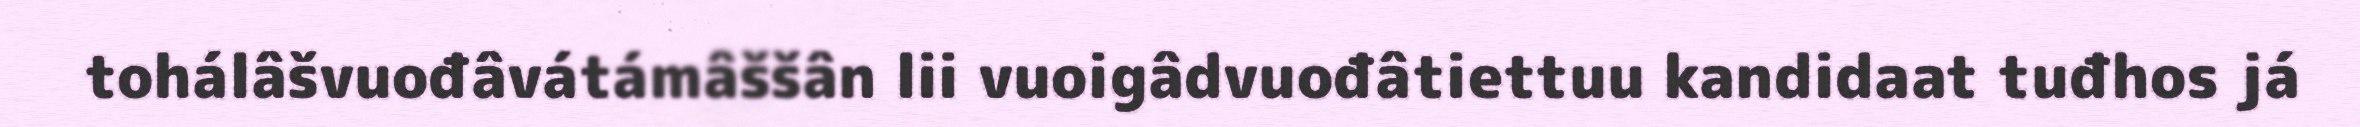
tohálâšvuođâvátámâššân lii vuoigâdvuođâtiettuu kandidaat tuđhos já